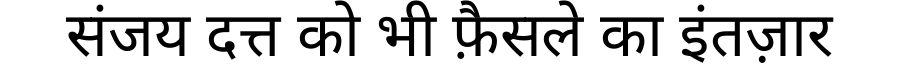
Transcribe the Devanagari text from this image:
संजय दत्त को भी फ़ैसले का इंतज़ार